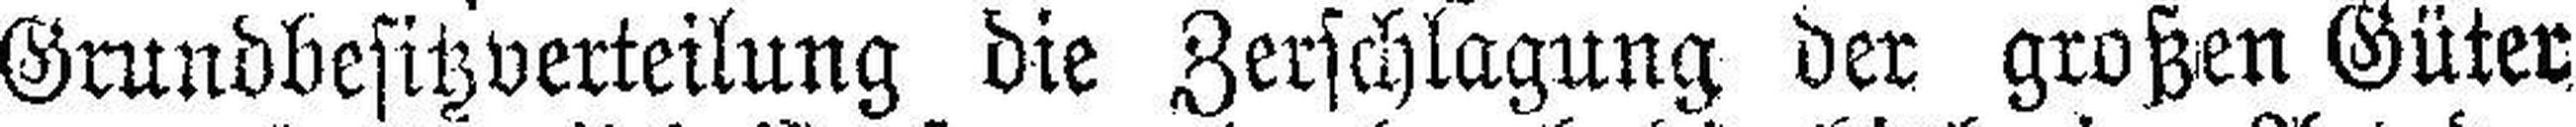
Grundbesitzverteilung die Zerschlagung der großen Güter